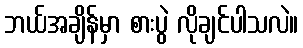
ဘယ်အချိန်မှာ စားပွဲ လိုချင်ပါသလဲ။